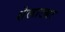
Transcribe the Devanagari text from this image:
शेलाट्या